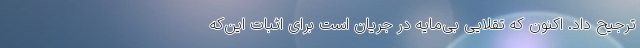
ترجیح داد. اکنون که تقلایی بی‌مایه در جریان است برای اثبات این‌که